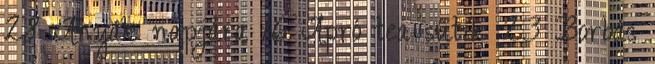
28 Anyák napjára 16 Apró tea sütik 23 Borbás